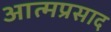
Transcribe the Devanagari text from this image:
आत्मप्रसाद